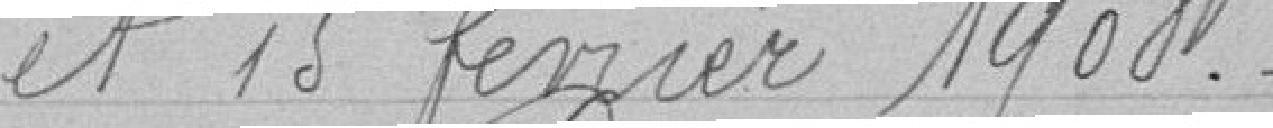
et 15 février 1908.